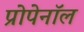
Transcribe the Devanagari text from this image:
प्रोपेनॉल